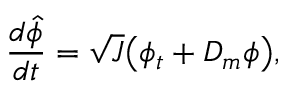
\frac { d \hat { \phi } } { d t } = \sqrt { J } \big ( \phi _ { t } + D _ { m } \phi \big ) ,